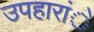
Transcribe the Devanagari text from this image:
उपहारांे